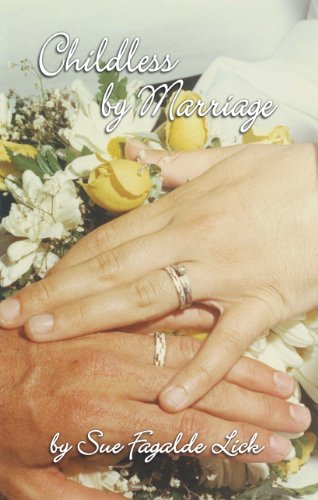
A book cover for Childless by Marriage; Sue Fagalde Lick; Parenting & Relationships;